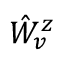
\hat { W } _ { v } ^ { z }